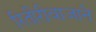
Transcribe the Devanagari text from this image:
रितीरीवाजाने